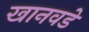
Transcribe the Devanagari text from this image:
खानवडे